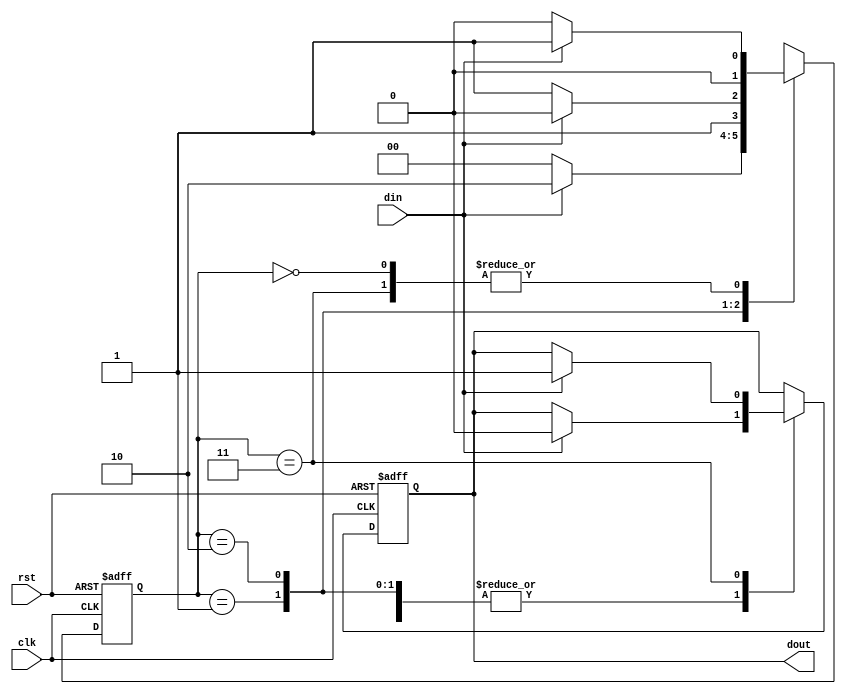
module s1101mealy (
  input clk, // clock signal
  input rst, // reset signal
  input din, // input signal
  output reg dout // output signal
);

// Define the states
parameter S0 = 2'b00; // Initial state
parameter S1 = 2'b01; // Found 1
parameter S2 = 2'b10; // Found 11
parameter S3 = 2'b11; // Found 110

// Define the state register
reg [1:0] state_reg;
always @(posedge clk, posedge rst) begin
  if (rst) begin
    state_reg <= S0;
    dout <= 1'b0;
  end else begin
    case (state_reg)
      S0: if (din) begin
            state_reg <= S1;
            dout <= 1'b0;
          end else begin
            state_reg <= S0;
          end
      S1: if (din) begin
            state_reg <= S2;
            dout <= 1'b0;
          end else begin
            state_reg <= S0;
          end
      S2: if (din) begin
            state_reg <= S2;
            dout <= 1'b0;
          end else begin
            state_reg <= S3;
          end
      S3: if (din) begin
            state_reg <= S1;
            dout <= 1'b1;
          end else begin
            state_reg <= S0;
          end
      default: begin
            state_reg <= S0;
            dout <= 1'b0;
          end
    endcase
  end
end
endmodule